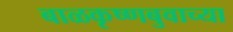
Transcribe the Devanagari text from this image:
बाळकृष्णबुवाच्या